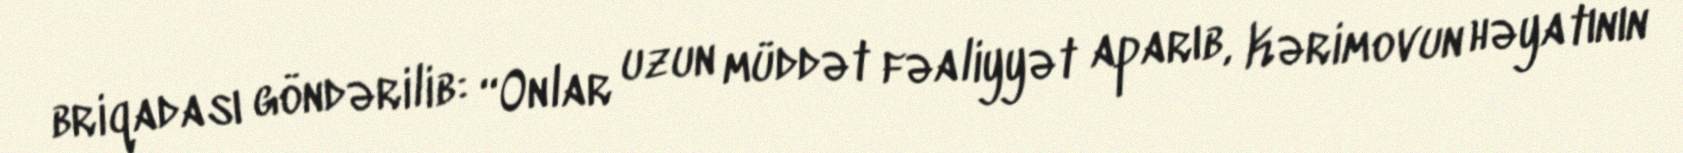
briqadası göndərilib: “Onlar uzun müddət fəaliyyət aparıb, Kərimovun həyatının